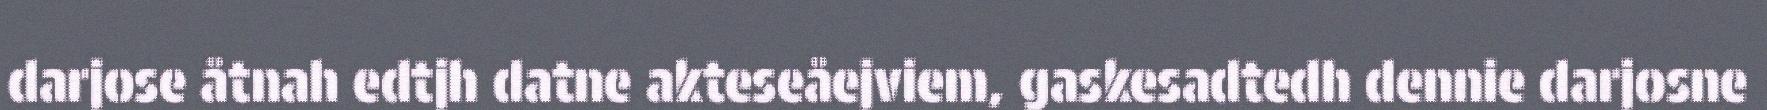
darjose åtnah edtjh datne akteseåejviem, gaskesadtedh dennie darjosne